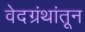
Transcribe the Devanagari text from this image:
वेदग्रंथांतून